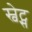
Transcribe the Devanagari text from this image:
स्वेट्स